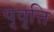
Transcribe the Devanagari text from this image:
पृवृत्ति